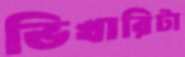
ভিখারিটা